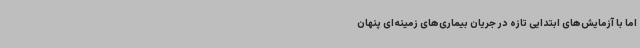
اما با آزمایش‌های ابتدایی تازه در جریان بیماری‌های زمینه‌ای پنهان